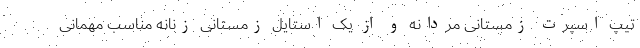
تیپ اسپرت زمستانی مردانه و از یک استایل زمستانی زنانه مناسب مهمانی